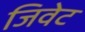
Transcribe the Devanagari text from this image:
जिवेट